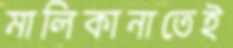
মালিকানাতেই